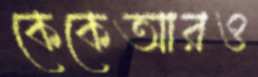
কেকেআরও